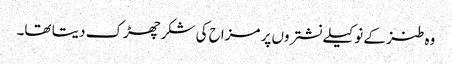
وہ طنز کے نوکیلے نشتروں پر مزاح کی شکر چھڑک دیتا تھا۔